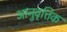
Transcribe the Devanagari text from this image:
आनुवृत्तिक